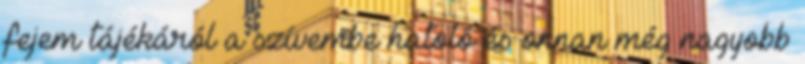
fejem tájékáról a szívembe hatoló és onnan még nagyobb